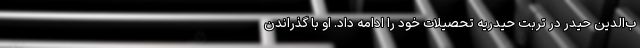
ب‌الدین حیدر در تربت حیدریه تحصیلات خود را ادامه داد. او با گذراندن